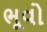
ભૂવો